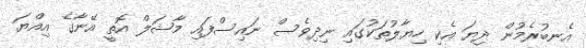
އެނބުރެމުން ދިޔަ އެކި ހިޔާލުތަކުގައި ނިދިވެސް ނައިސްފައި މާޝަލް އޮތީ އޭނާގެ އިއްޔަ